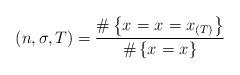
LaTeX: \begin{align*}_{}(n,\sigma,T) =\frac{ \# \left\{ x_{} = x_{} = x_{(T)} \right\} } { \# \left\{ x_{} = x_{} \right\} }\end{align*}